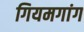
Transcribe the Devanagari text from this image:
गियमगांग